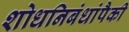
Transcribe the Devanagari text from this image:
शोधनिबंधांपैकी